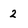
Character: 2